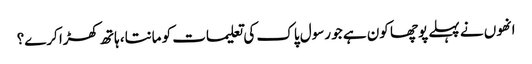
انھوں نے پہلے پوچھا کون ہے جو رسول پاک کی تعلیمات کو مانتا، ہاتھ کھڑا کرے؟